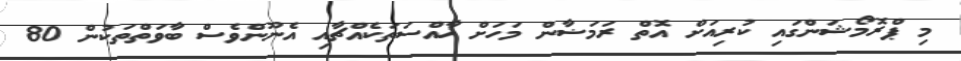
މި ޕްރޮމޯޝަންގައި ކުރިއަށް އޮތް ރަމަޟާން މަހަށް ޚާއްސަތަކެއްޗާއި އެނޫންވެސް ބާވަތްތަކުން 80